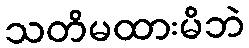
သတိမထားမိဘဲ